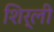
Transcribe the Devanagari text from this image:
शिर्ली